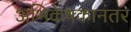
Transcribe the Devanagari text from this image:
अभिकेषकानंतर